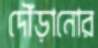
দৌঁড়ানোর